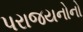
પરાજયનોનો